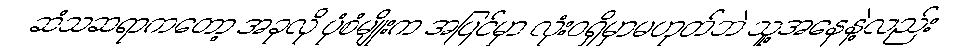
ဆံသဆရာကတော့ အခုလို ပုံစံမျိုးက အပြင်မှာ လုံးဝရှိမှာမဟုတ်ဘဲ သူ့အနေနဲ့လည်း